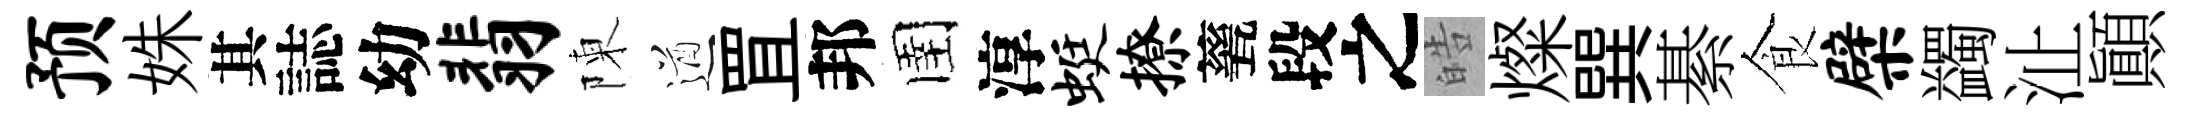
预姝其誌幼翡陳遒罝邦圉淳蜓撩甆段之皓燦巽綦食檗蠲沚顚